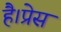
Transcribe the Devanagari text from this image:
है।प्रेस